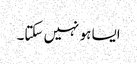
ایسا ہو نہیں سکتا۔